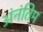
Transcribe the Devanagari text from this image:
अंनंतिम